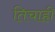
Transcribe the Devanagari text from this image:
तिचाही